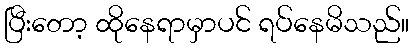
ပြီးတော့ ထိုနေရာမှာပင် ရပ်နေမိသည်။